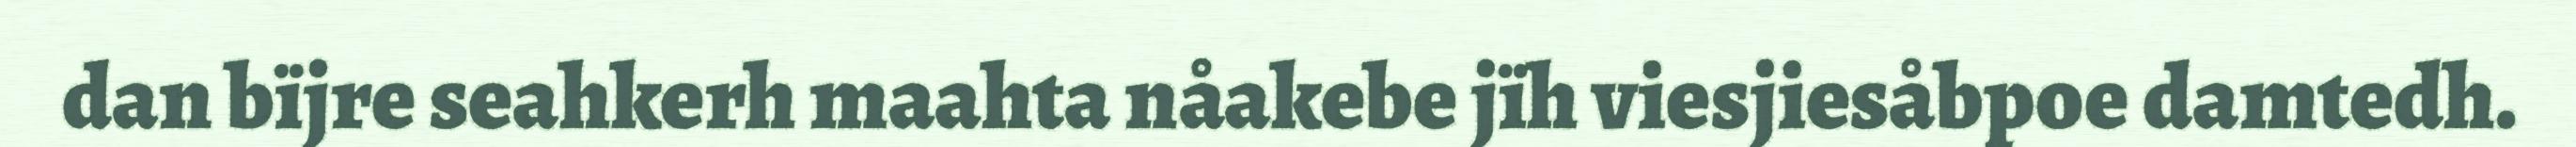
dan bïjre seahkerh maahta nåakebe jïh viesjiesåbpoe damtedh.